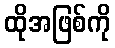
ထိုအဖြစ်ကို